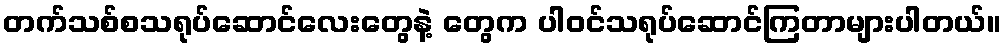
တက်သစ်စသရုပ်ဆောင်လေးတွေနဲ့ တွေက ပါဝင်သရုပ်ဆောင်ကြတာများပါတယ်။